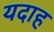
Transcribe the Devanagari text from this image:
यदाह